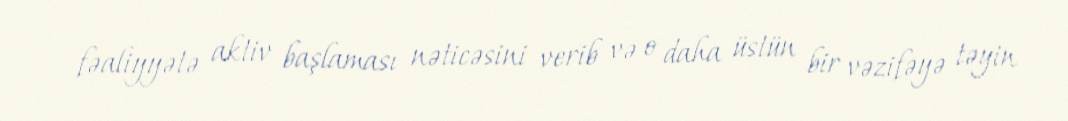
fəaliyyətə aktiv başlaması nəticəsini verib və o daha üstün bir vəzifəyə təyin